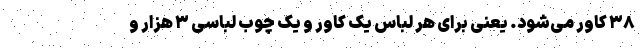
۳۸ کاور می‌شود. یعنی برای هر لباس یک کاور و یک چوب لباسی ۳ هزار و